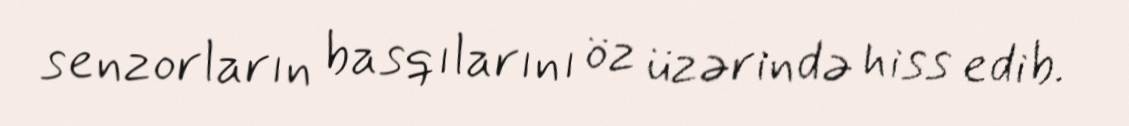
senzorların basqılarını öz üzərində hiss edib.